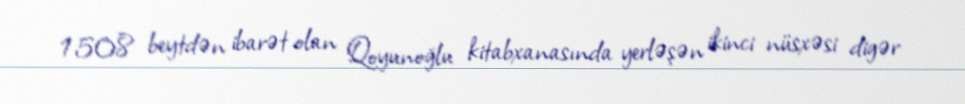
1508 beytdən ibarət olan Qoyunoğlu kitabxanasında yerləşən ikinci nüsxəsi digər